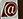
@